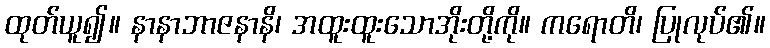
ထုတ်ယူ၍။ နာနာဘာဇနာနိ၊ အထူးထူးသောအိုးတို့ကို။ ကရောတိ၊ ပြုလုပ်၏။